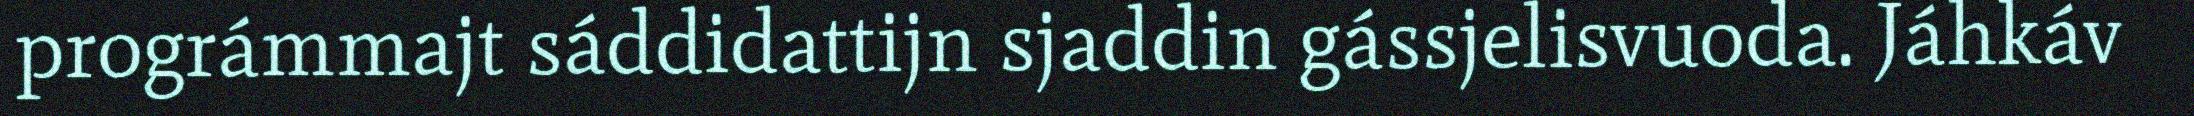
prográmmajt sáddidattijn sjaddin gássjelisvuoda. Jáhkáv